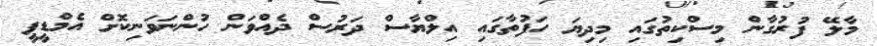
މާލޭ ފުރުގާން މިސްކިތުގައި މިދިޔަ ހަފުތާގައި އިލްޔާސް ދަރުސް ދެއްވަން ހުންނަވަނިކޮށް އެމްޑީޕީ